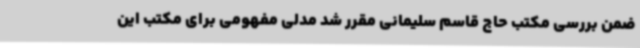
ضمن بررسی مکتب حاج قاسم سلیمانی مقرر شد مدلی مفهومی برای مکتب این